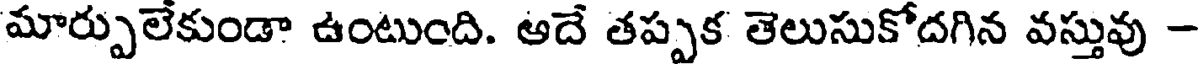
మార్పులేకుండా ఉంటుంది. ఆదే తప్పక తెలుసుకోదగిన వస్తువు -